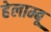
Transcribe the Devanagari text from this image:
हेलाम्बू